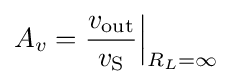
{A_{v}}={v_{\mathrm {out} } \over v_{\mathrm {S} }}{\Big |}_{R_{L}=\infty }